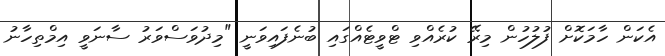
އެކަން ހާމަކޮށް ފުލުހުން މިރޭ ކުރެއްވި ޓްވީޓެއްގައި ބުނެފައިވަނީ "މިދުވަސްވަރު ސާނަވީ އިމްތިހާނު